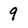
Character: 9